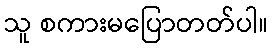
သူ စကားမပြောတတ်ပါ။